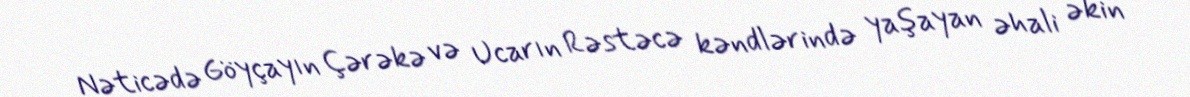
Nəticədə Göyçayın Çərəkə və Ucarın Rəstəcə kəndlərində yaşayan əhali əkin